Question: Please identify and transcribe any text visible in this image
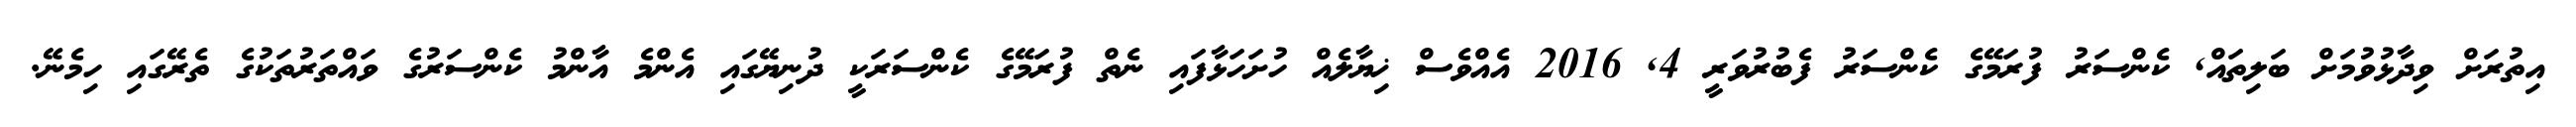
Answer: އިތުރަށް ވިދާޅުވުމަށް ބަލިތައް, ކެންސަރު ފުރަމޭގެ ކެންސަރު ފެބުރުވަރީ 4, 2016 އެއްވެސް ޚިޔާލެއް ހުށަހަޅާފައި ނެތް ފުރަމޭގެ ކެންސަރަކީ ދުނިޔޭގައި އެންމެ އާންމު ކެންސަރުގެ ވައްތަރުތަކުގެ ތެރޭގައި ހިމެނޭ.